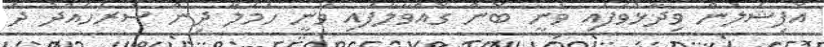
އޮފިޝަލުން ވިދާޅުވެފައި ވަނީ ބޮން ގޮއްވާލާފައި ވަނީ ހަމަލާ ދިން ސަރަހައްދު ދެ